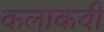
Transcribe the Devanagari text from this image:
कलाकवी